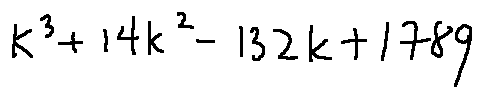
k ^ { 3 } + 1 4 k ^ { 2 } - 1 3 2 k + 1 7 8 9